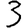
Digit: 3